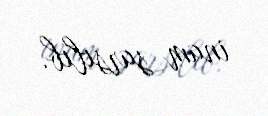
inam sarsılıb.